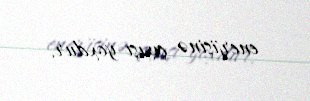
enerjisinə çıxışı yoxdur.